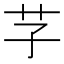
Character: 芓